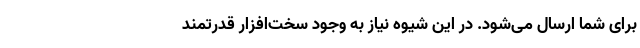
برای شما ارسال می‌شود. در این شیوه نیاز به وجود سخت‌افزار قدرتمند